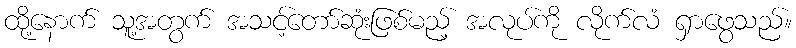
ထို့နောက် သူ့အတွက် အသင့်တော်ဆုံးဖြစ်မည့် အလုပ်ကို လိုက်လံ ရှာဖွေသည်။